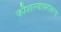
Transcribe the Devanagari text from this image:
कौशल्याबरोबरच